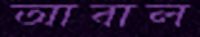
আবাল